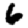
Digit: 6